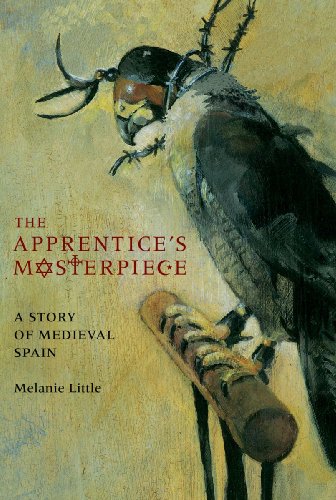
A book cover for The Apprentice's Masterpiece: A Story of Medieval Spain; Melanie Little; Teen & Young Adult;